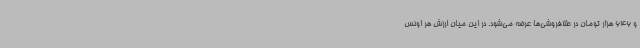
و 646 هزار تومان در طلافروشی‌ها عرضه می‌شود. در این میان ارزش هر اونس